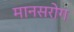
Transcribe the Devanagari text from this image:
मानसरोग